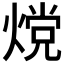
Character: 𬊵